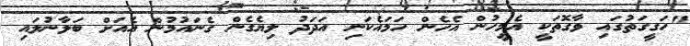
"ހަގީގަތުގައި ވާގޮތަކީ އެމީހުން އެހެން ހަމައެކަނި އަދަދު ލިޔެގެން ގެނައުމުން އެއަށް ބަލާނުލައި